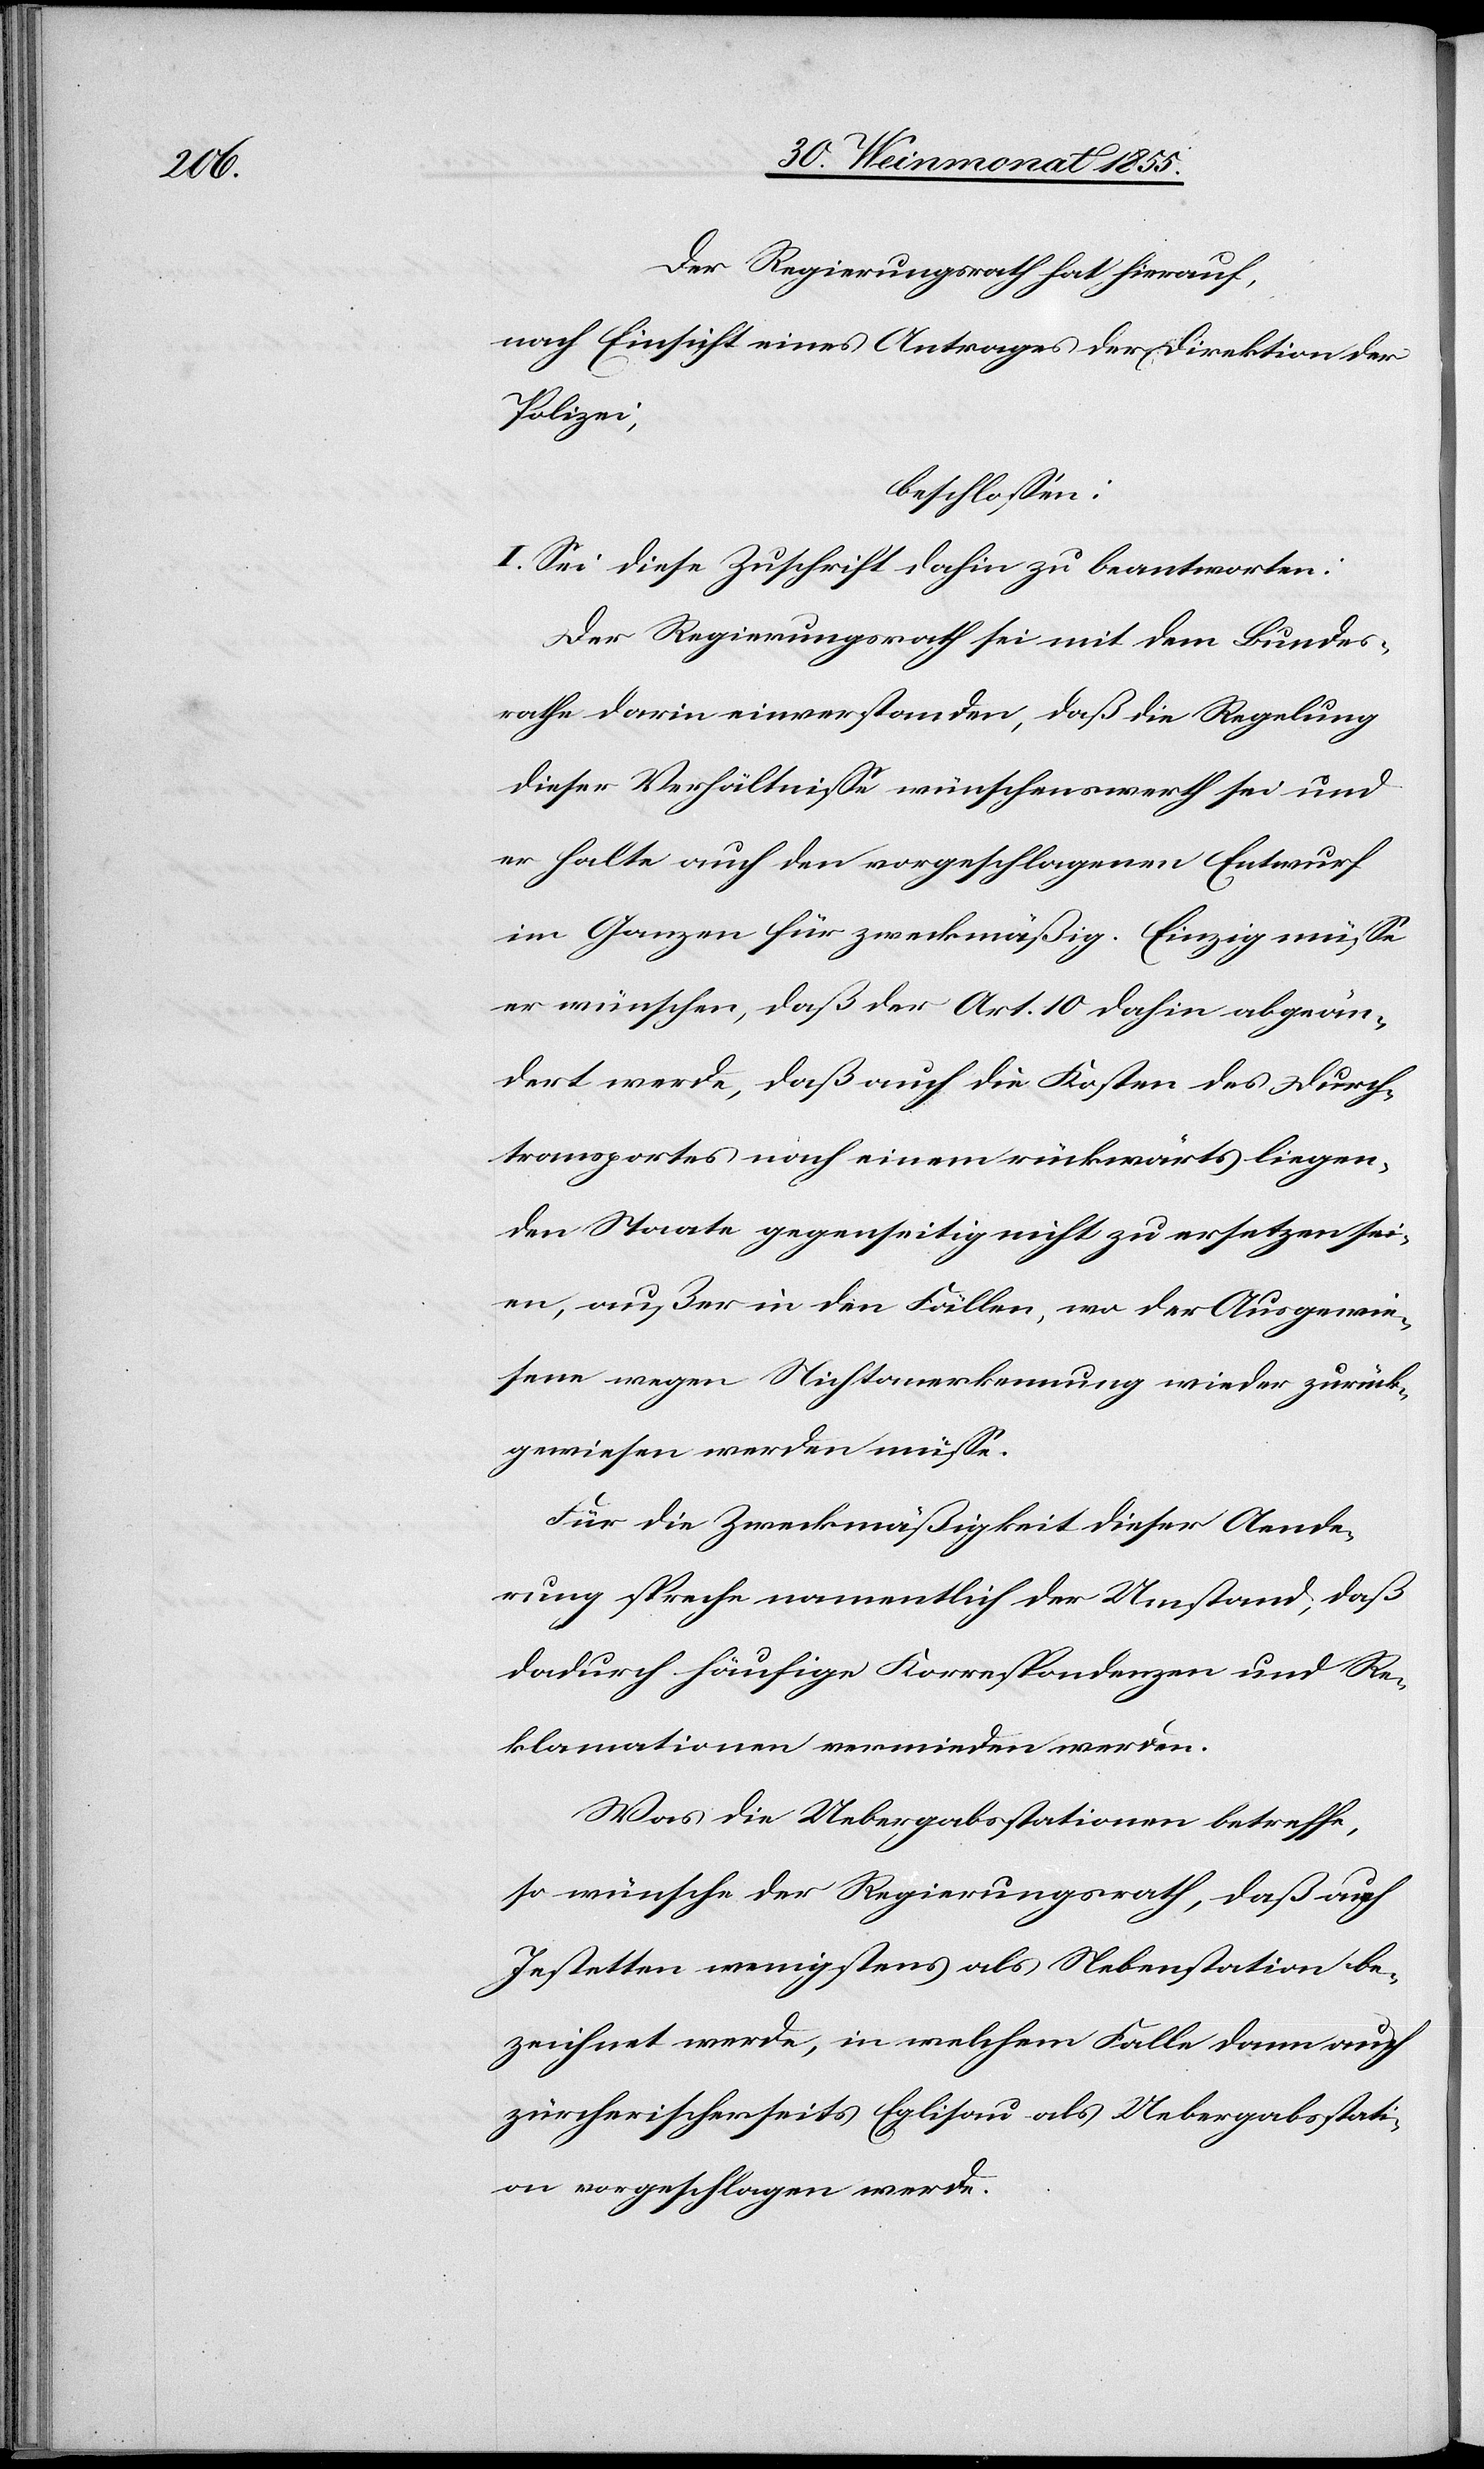
Der Regierungsrath hat hierauf,
nach Einsicht eines Antrages der Direktion der
Polizei,
beschlossen:
I. Sei diese Zuschrift dahin zu beantworten:
Der Regierungsrath sei mit dem Bundes¬
rathe darin einverstanden, daß die Regelung
dieser Verhältnisse wünschenswerth sei und
er halte auch den vorgeschlagenen Entwurf
im Ganzen für zweckmäßig. Einzig müsse
er wünschen, daß der Art. 10 dahin abgeän¬
dert werde, daß auch die Kosten des Durch¬
transportes nach einem rückwärts liegen¬
den Staate gegenseitig nicht zu ersetzen sei¬
en, außer in den Fällen, wo der Ausgewie¬
sene wegen Nichtanerkennung wieder zurück¬
gewiesen werden müsse.
Für die Zweckmäßigkeit dieser Aende¬
rung spreche namentlich der Umstand, daß
dadurch häufige Korrespondenzen und Re¬
klamationen vermieden werden.
Was die Uebergabsstationen betreffe,
so wünsche der Regierungsrath, daß auch
Jestetten wenigstens als Nebenstation be¬
zeichnet werde, in welchem Falle dann auch
zürcherischerseits Eglisau als Uebergabsstati¬
on vorgeschlagen werde.